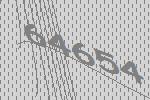
64654